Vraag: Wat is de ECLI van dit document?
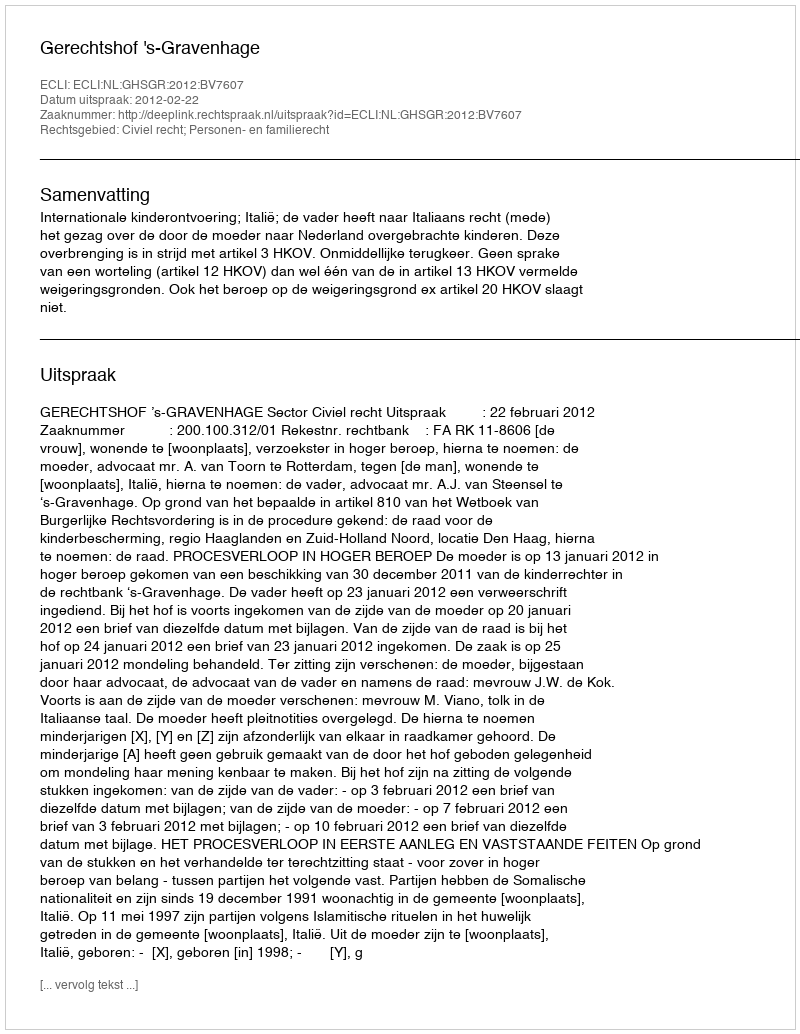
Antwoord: ECLI:NL:GHSGR:2012:BV7607